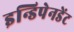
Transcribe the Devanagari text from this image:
इन्डिपेनडेंट